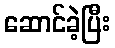
ဆောင်ခဲ့ပြီး